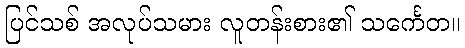
ပြင်သစ် အလုပ်သမား လူတန်းစား၏ သင်္ကေတ။